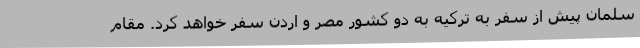
سلمان پیش از سفر به ترکیه به دو کشور مصر و اردن سفر خواهد کرد. مقام